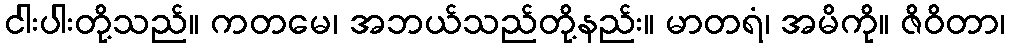
ငါးပါးတို့သည်။ ကတမေ၊ အဘယ်သည်တို့နည်း။ မာတရံ၊ အမိကို။ ဇိဝိတာ၊